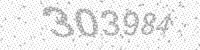
Solution: 303984